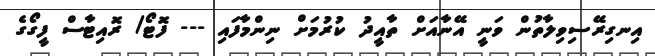
އިނގިރޭސިވިލާތުން ވަނީ އޭނާއަށް ތާއީދު ކުރުމަށް ނިންމާފައި --- ފޮޓޯ/ ރޮއިޓާސް ފީގޯގެ